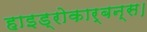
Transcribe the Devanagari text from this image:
हाइड्रोकार्बन्स।